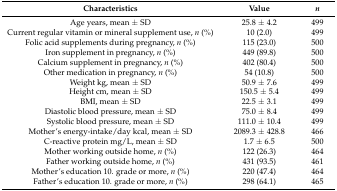
<table><thead><tr><td><b>Characteristics</b></td><td><b>Value</b></td><td><b><i>n</i></b></td></tr></thead><tbody><tr><td>Age years, mean ± SD </td><td>25.8 ± 4.2</td><td>499</td></tr><tr><td>Current regular vitamin or mineral supplement use, <i>n</i> (%)</td><td>10 (2.0)</td><td>499</td></tr><tr><td>Folic acid supplements during pregnancy, <i>n</i> (%)</td><td>115 (23.0)</td><td>500</td></tr><tr><td>Iron supplement in pregnancy, <i>n</i> (%)</td><td>449 (89.8)</td><td>500</td></tr><tr><td>Calcium supplement in pregnancy, <i>n</i> (%)</td><td>402 (80.4)</td><td>500</td></tr><tr><td>Other medication in pregnancy, <i>n</i> (%)</td><td>54 (10.8)</td><td>500</td></tr><tr><td>Weight kg, mean ± SD</td><td>50.9 ± 7.6</td><td>499</td></tr><tr><td>Height cm, mean ± SD</td><td>150.5 ± 5.4</td><td>499</td></tr><tr><td>BMI, mean ± SD</td><td>22.5 ± 3.1</td><td>499</td></tr><tr><td>Diastolic blood pressure, mean ± SD</td><td>75.0 ± 8.4</td><td>499</td></tr><tr><td>Systolic blood pressure, mean ± SD</td><td>111.0 ± 10.4</td><td>499</td></tr><tr><td>Mother’s energy-intake/day kcal, mean ± SD</td><td>2089.3 ± 428.8</td><td>466</td></tr><tr><td>C-reactive protein mg/L, mean ± SD</td><td>1.7 ± 6.5</td><td>500</td></tr><tr><td>Mother working outside home, <i>n</i> (%)</td><td>122 (26.3)</td><td>464</td></tr><tr><td>Father working outside home, <i>n</i> (%)</td><td>431 (93.5)</td><td>461</td></tr><tr><td>Mother’s education 10. grade or more, <i>n</i> (%)</td><td>220 (47.4)</td><td>464</td></tr><tr><td>Father’s education 10. grade or more, <i>n</i> (%)</td><td>298 (64.1)</td><td>465</td></tr></tbody></table>